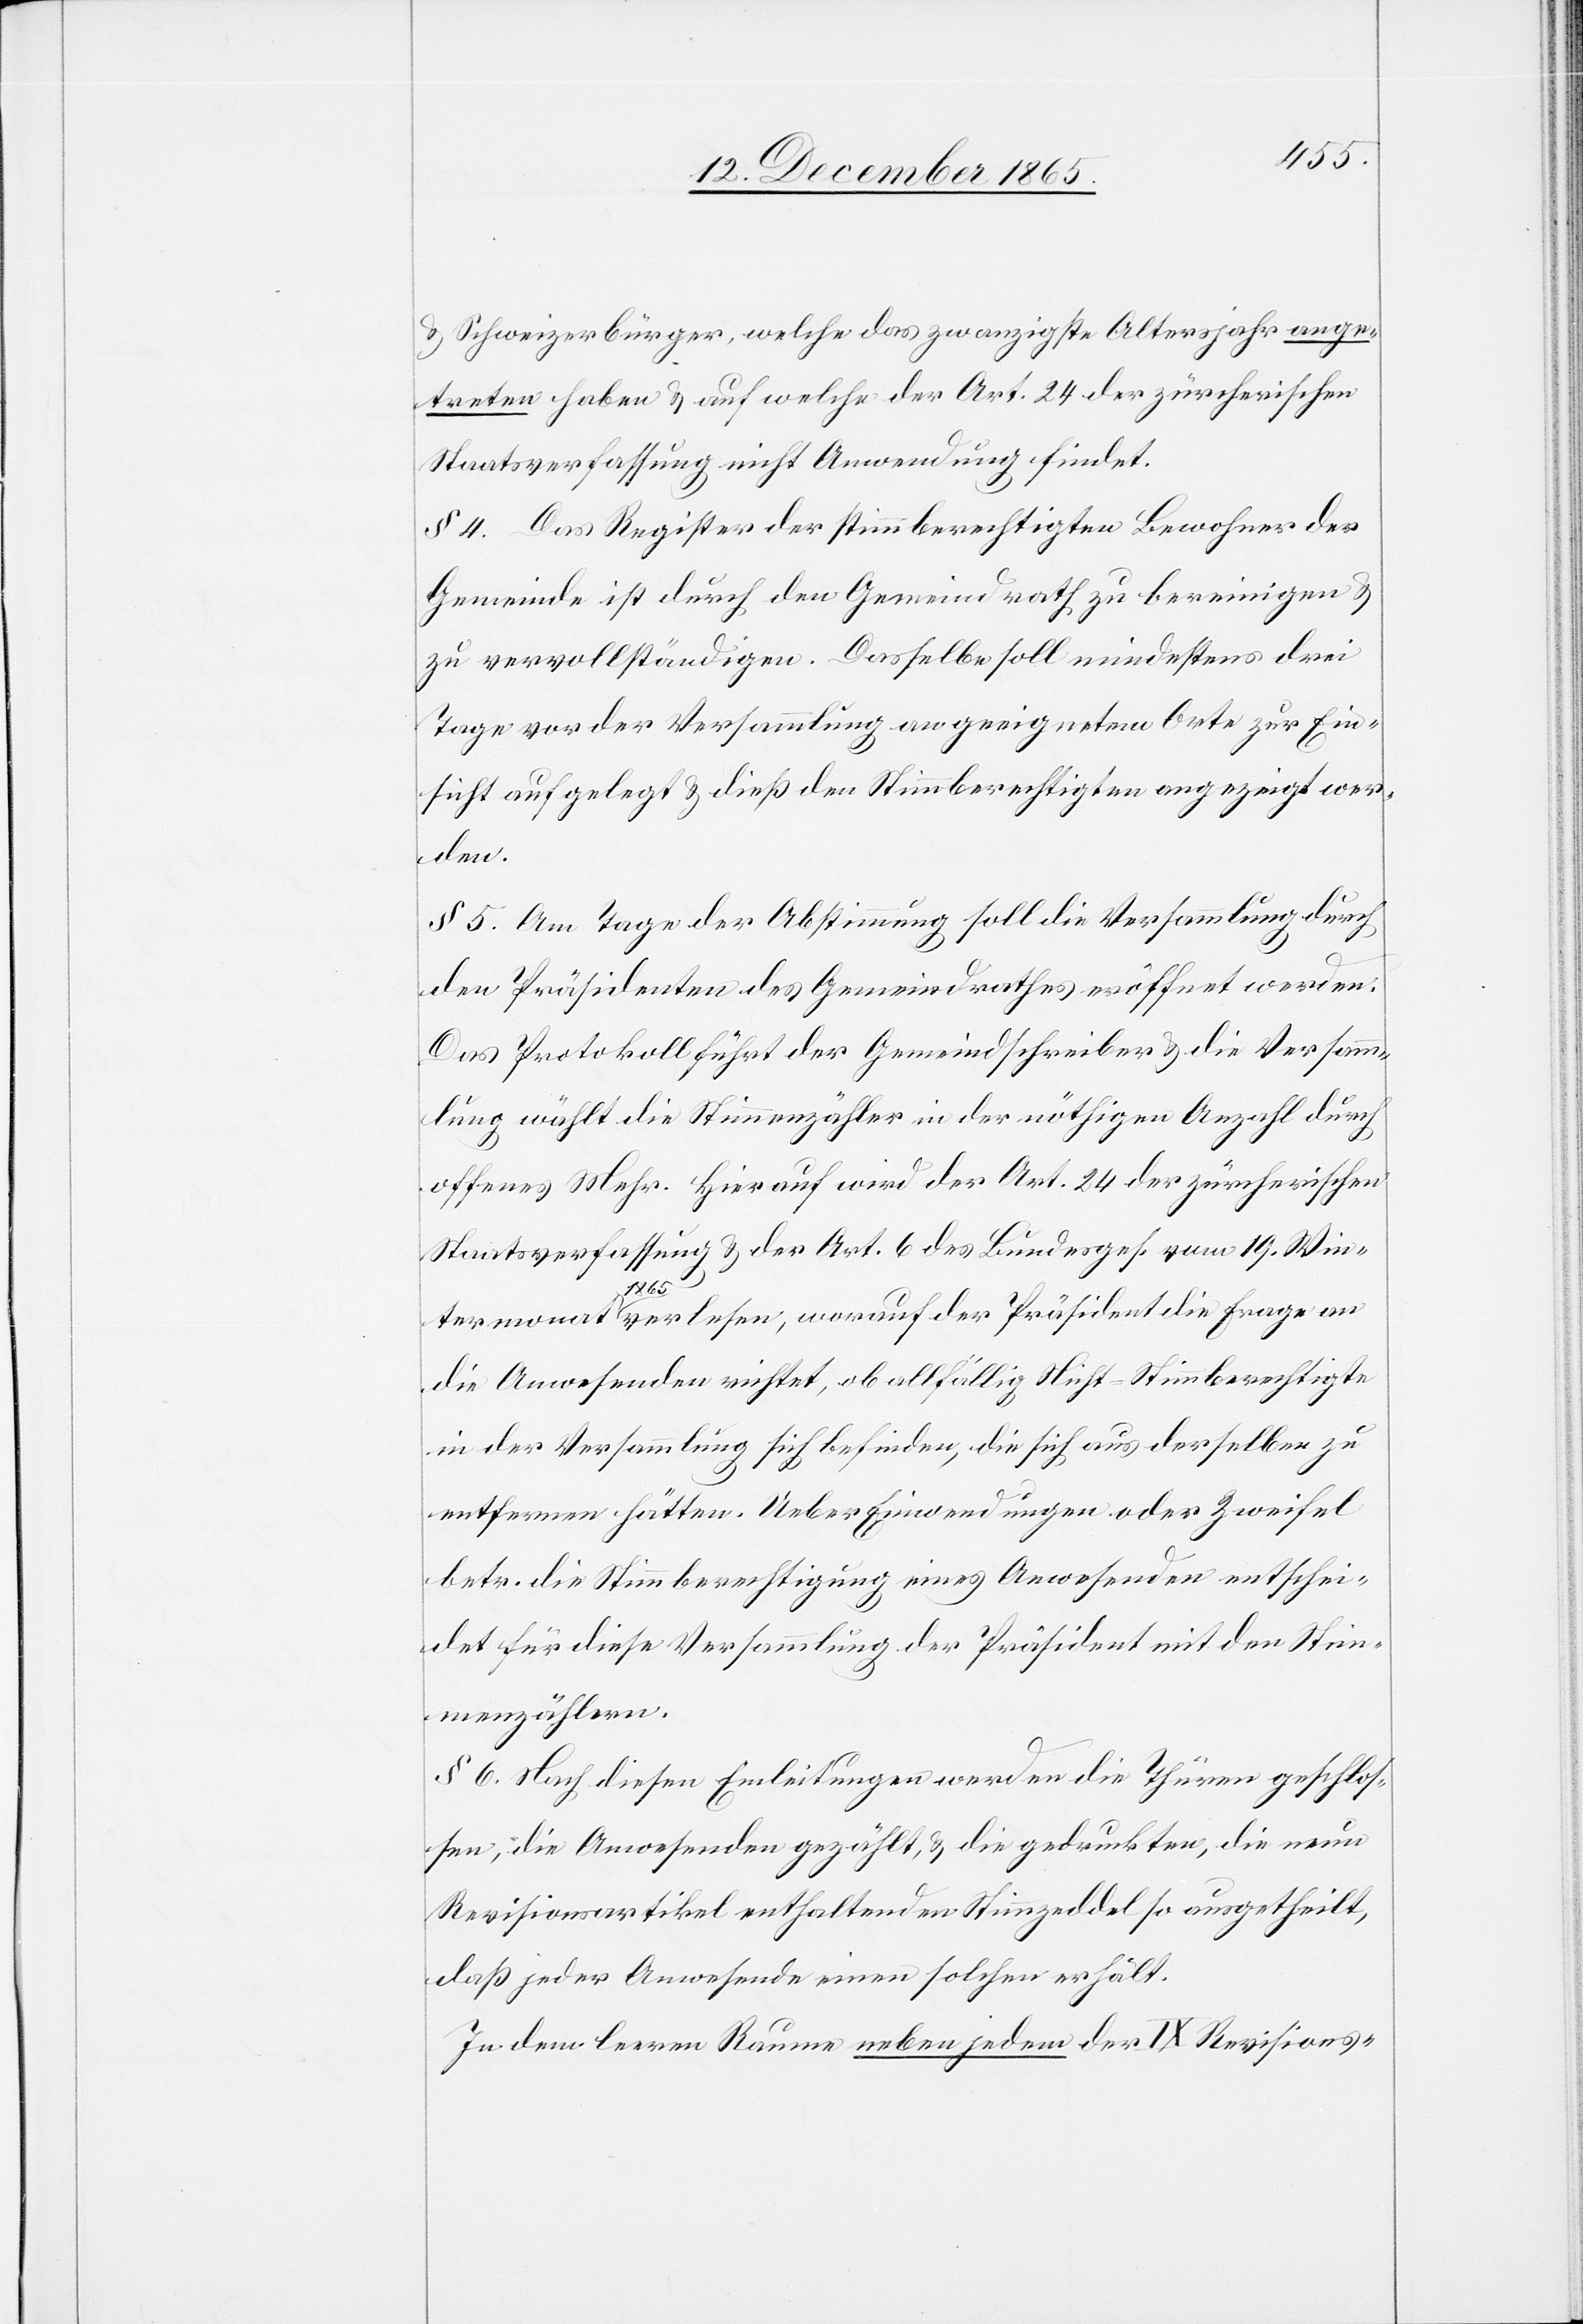
& Schweizerbürger, welche das zwanzigste Altersjahr ange¬
treten haben & auf welche der Art. 24 der zürcherischen
Staatsverfassung nicht Anwendung findet.
§ 4. Das Register der stimmberechtigten Bewohner der
Gemeinde ist durch den Gemeindrath zu bereinigen &
zu vervollständigen. Dasselbe soll mindestens drei
Tage vor der Versammlung an geeignetem Orte zur Ein¬
sicht aufgelegt & dieß den Stimmberechtigten angezeigt wer¬
lesen,
§ 5. Am Tage der Abstimmung soll die Versammlung durch
den Präsidenten des Gemeindrathes eröffnet werden:
Das Protokoll führt der Gemeindschreiber & die Versamm¬
lung wählt die Stimmenzähler in der nöthigen Anzahl durch
offenes Mehr. Hierauf wird der Art. 24 der zürcherischen
Staatsverfassung & der Art. 6 des Bundesges. vom 19. Wein¬
at
an
die Anwesenden richtet, ob allfällig Nicht-Stimmberechtigte
in der Versammlung sich befinden, die sich aus derselben zu
entfernen hätten. Ueber Einwendungen oder Zweifel
betr. die Stimmberechtigung eines Anwesenden entschei¬
det für diese Versammlung der Präsident mit den Stim¬
menzählern.
§ 6. Nach diesen Einleitungen werden die Thüren geschlos¬
sen, die Anwesenden gezählt, & die gedruckten, die neun
Revisionsartikel enthaltenden Stimmzeddel so ausgetheilt,
daß jeder Anwesende einen solchen erhält.
In dem leeren Raume neben jedem der IX Revisions-